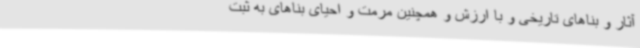
آثار و بناهای تاریخی و با ارزش و همچنین مرمت و احیای بناهای به ثبت